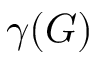
\gamma ( G )